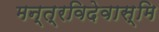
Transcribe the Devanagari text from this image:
मन्त्रविदेवास्मि